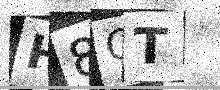
Text: H8GT